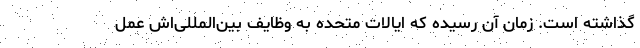
گذاشته است. زمان آن رسیده که ایالات متحده به وظایف بین‌المللی‌اش عمل